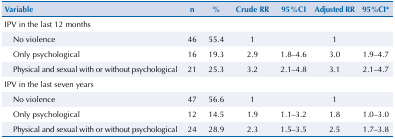
| Variable | n | % | Crude RR | 95%CI | Adjusted RR | 95%CI* |
 | --- | --- | --- | --- | --- | --- | --- |
 | IPV in the last 12 months |  |  |  |  |  |  |
 | No violence | 46 | 55.4 | 1 |  | 1 |  |
 | Only psychological | 16 | 19.3 | 2.9 | 1.8–4.6 | 3.0 | 1.9–4.7 |
 | Physical and sexual with or without psychological | 21 | 25.3 | 3.2 | 2.1–4.8 | 3.1 | 2.1–4.7 |
 | IPV in the last seven years |  |  |  |  |  |  |
 | No violence | 47 | 56.6 | 1 |  | 1 |  |
 | Only psychological | 12 | 14.5 | 1.9 | 1.1–3.2 | 1.8 | 1.0–3.0 |
 | Physical and sexual with or without psychological | 24 | 28.9 | 2.3 | 1.5–3.5 | 2.5 | 1.7–3.8 |